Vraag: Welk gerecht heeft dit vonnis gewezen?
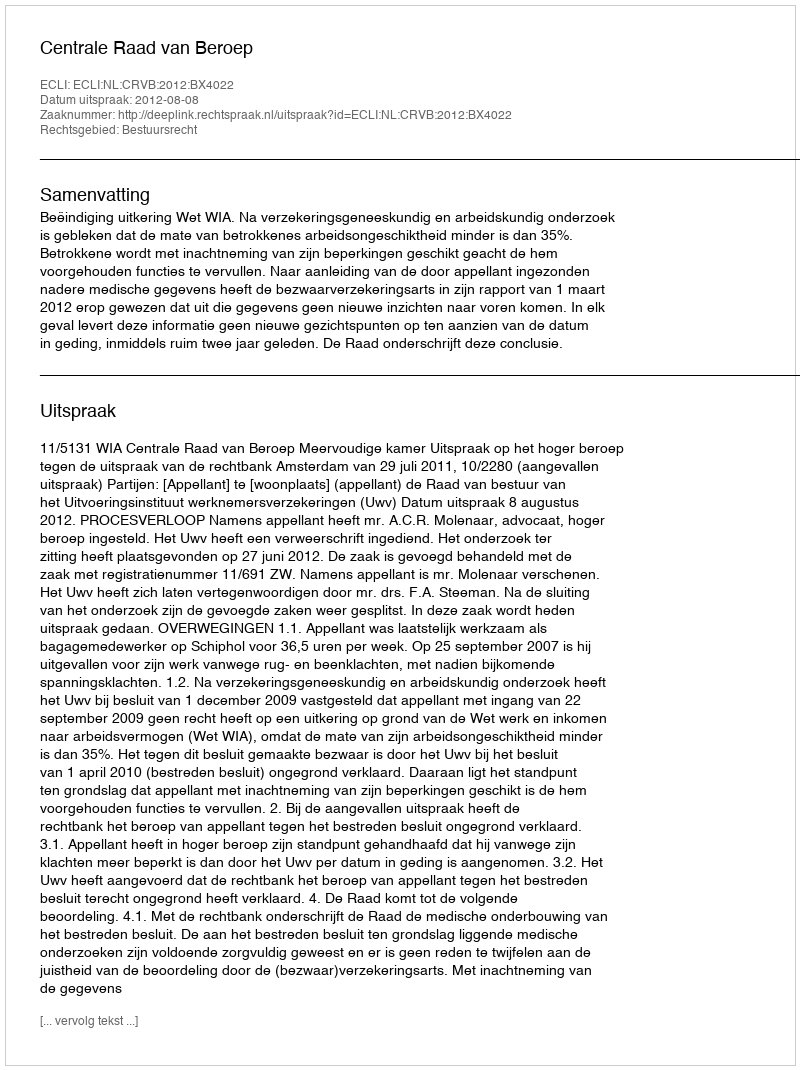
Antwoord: Centrale Raad van Beroep